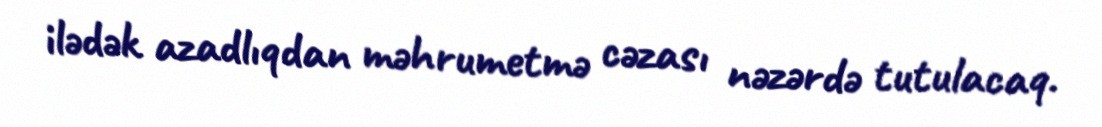
ilədək azadlıqdan məhrumetmə cəzası nəzərdə tutulacaq.